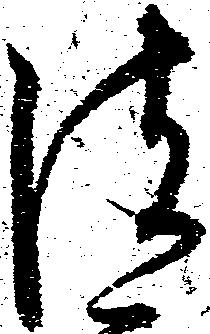
彼